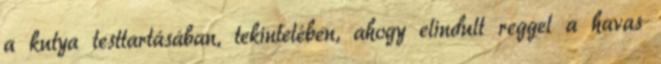
a kutya testtartásában, tekintetében, ahogy elindult reggel a havas